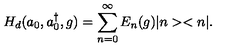
H _ { d } ( a _ { 0 } , a _ { 0 } ^ { \dag } , g ) = \sum _ { n = 0 } ^ { \infty } E _ { n } ( g ) | n > < n | .